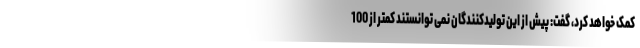
کمک خواهد کرد، گفت: پیش از این تولیدکنندگان نمی توانستند کمتر از 100